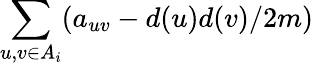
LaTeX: \sum_{u,v\in A_{i}}(a_{uv}-d(u)d(v)/2m)